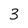
Character: 3